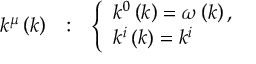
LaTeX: \begin{array} { c c c } { { k ^ { \mu } \left( k \right) } } & { { : } } & { { \left\{ \begin{array} { l } { { k ^ { 0 } \left( k \right) = \omega \left( k \right) , } } \\ { { k ^ { i } \left( k \right) = k ^ { i } } } \end{array} \right. } } \end{array}